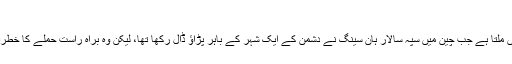
پتنگ بازی - INFO4MYSTREY
تاریخِ عالم میں پتنگ اڑانے کا اولین تحریری حوالہ سن 200 قبل مسیح میں ملتا ہے جب چین میں سپہ سالار ہان سینگ نے دشمن کے ایک شہر کے باہر پڑاؤ ڈال رکھا تھا، لیکن وہ براہِ راست حملے کا خطرہ مول لینے کے بجائے ایک سرنگ کھود کر شہر میں داخل ہونا چاہتا تھا۔